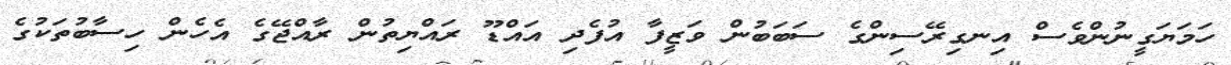
ހަމަޔަގީނުންވެސް އިނގިރޭސިންގެ ސަބަބުން ވަޒީފާ އުފެދި އައްޑޫ ރައްޔިތުން ރާއްޖޭގެ އެހެން ހިސާބުތަކުގެ